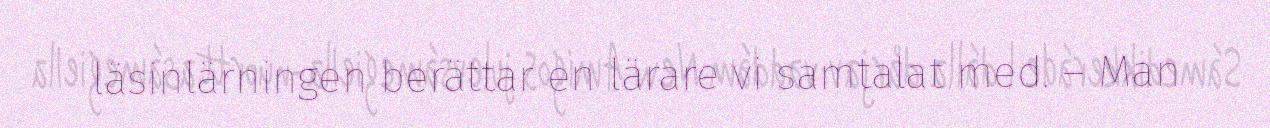
läsinlärningen berättar en lärare vi samtalat med. – Man